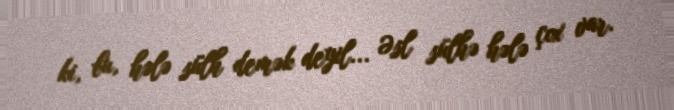
ki, bu, hələ sülh demək deyil... Əsl sülhə hələ çox var.